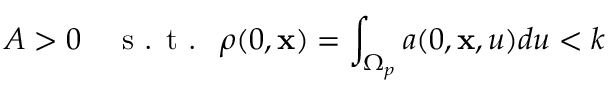
A > 0 \quad \textup { s . t . } \, \, \rho ( 0 , \mathbf { x } ) = \int _ { \Omega _ { p } } a ( 0 , \mathbf { x } , u ) d u < k